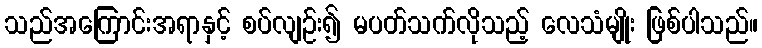
သည်အကြောင်းအရာနှင့် စပ်လျဉ်း၍ မပတ်သက်လိုသည့် လေသံမျိုး ဖြစ်ပါသည်။